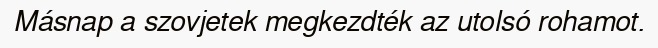
Másnap a szovjetek megkezdték az utolsó rohamot.